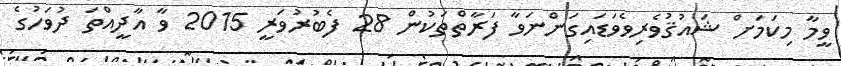
ވީމާ މިކަމަށް ޝައުޤުވެރިވެވަޑައިގަންނަވާ ފަރާތްތަކުން 28 ފެބުރުވަރީ 2015 ވާ އާދީއްތަ ދުވަހުގެ